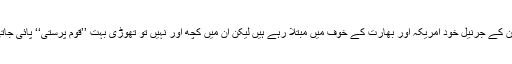
پاکستان کے جرنیل خود امریکہ اور بھارت کے خوف میں مبتلا رہے ہیں لیکن ان میں کچھ اور نہیں تو تھوڑی بہت ’’قوم پرستی‘‘ پائی جاتی ہے۔